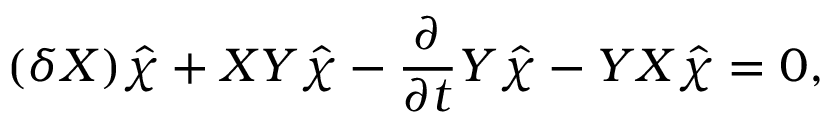
( \delta X ) \hat { \chi } + X Y \hat { \chi } - \frac { \partial } { \partial t } Y \hat { \chi } - Y X \hat { \chi } = 0 ,